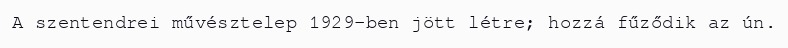
A szentendrei művésztelep 1929-ben jött létre; hozzá fűződik az ún.